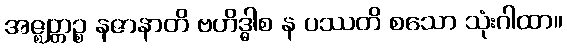
အဇ္ဈတ္တဉ္စ နဇာနာတိ ဗဟိဒ္ဓါစ န ပဿတိ စသော သုံးဂါထာ။